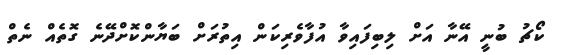
ކޯޗު ބުނީ އޭނާ އަށް ލިބިފައިވާ އުފާވެރިކަން އިތުރަށް ބަޔާންކޮށްދޭނެ ގޮތެއް ނެތް